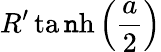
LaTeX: {R^{\prime}\operatorname{ta\mathtt{n}h}\left(\frac{{a}}{{2}}\right)}